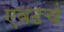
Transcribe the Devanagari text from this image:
एवढचं